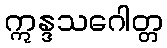
ဣန္ဒသဂေါတ္တ